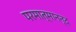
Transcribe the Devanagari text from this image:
परमात्मानन्द